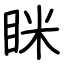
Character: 眯